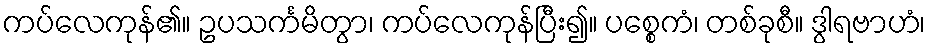
ကပ်လေကုန်၏။ ဥပသင်္ကမိတွာ၊ ကပ်လေကုန်ပြီး၍။ ပစ္စေကံ၊ တစ်ခုစီ။ ဒွါရဗာဟံ၊